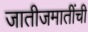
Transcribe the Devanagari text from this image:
जातीजमातींची